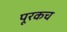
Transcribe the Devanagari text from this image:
पूरकच